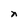
Character: n